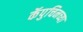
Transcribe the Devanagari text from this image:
कॅपुचिनच्या